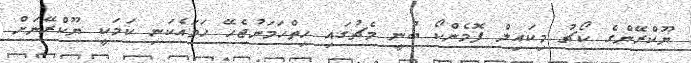
ޔޫކްރޭންގެ ކޯޗު މިކައިލް ފޮމެންކޯ ބުނީ މެޗުގައި ހިތްހަމަނުޖެހޭ ހަމައެކަނި ކަމަކީ ޔޫކްރޭނަށް